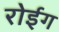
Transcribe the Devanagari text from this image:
रोईग